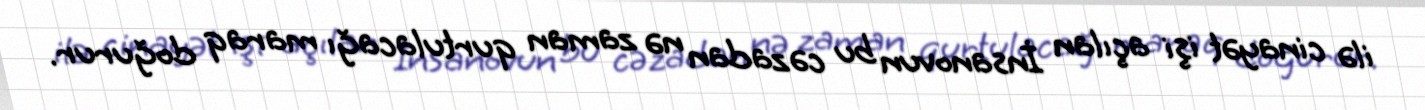
ilə cinayət işi açılan İnsanovun bu cəzadan nə zaman qurtulacağı maraq doğurur.